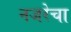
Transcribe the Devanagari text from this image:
नजरेचा